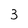
Character: 3